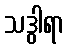
သဒွါရာ